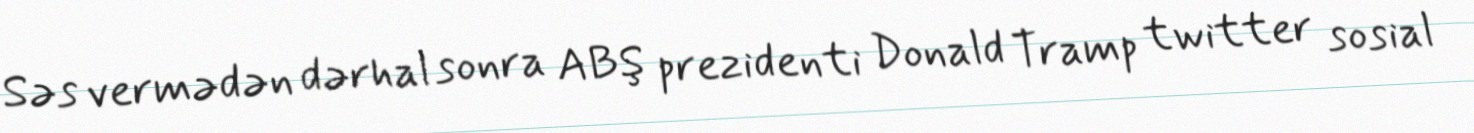
Səs vermədən dərhal sonra ABŞ prezidenti Donald Tramp twitter sosial